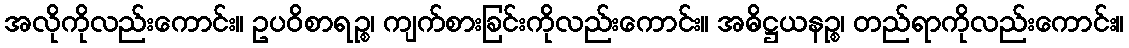
အလိုကိုလည်းကောင်း။ ဥပဝိစာရဉ္စ၊ ကျက်စားခြင်းကိုလည်းကောင်း။ အဓိဋ္ဌယနဉ္စ၊ တည်ရာကိုလည်းကောင်း။